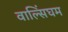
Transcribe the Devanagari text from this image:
वाल्सिंघम